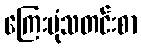
ကြေးမုံသတင်းစာ